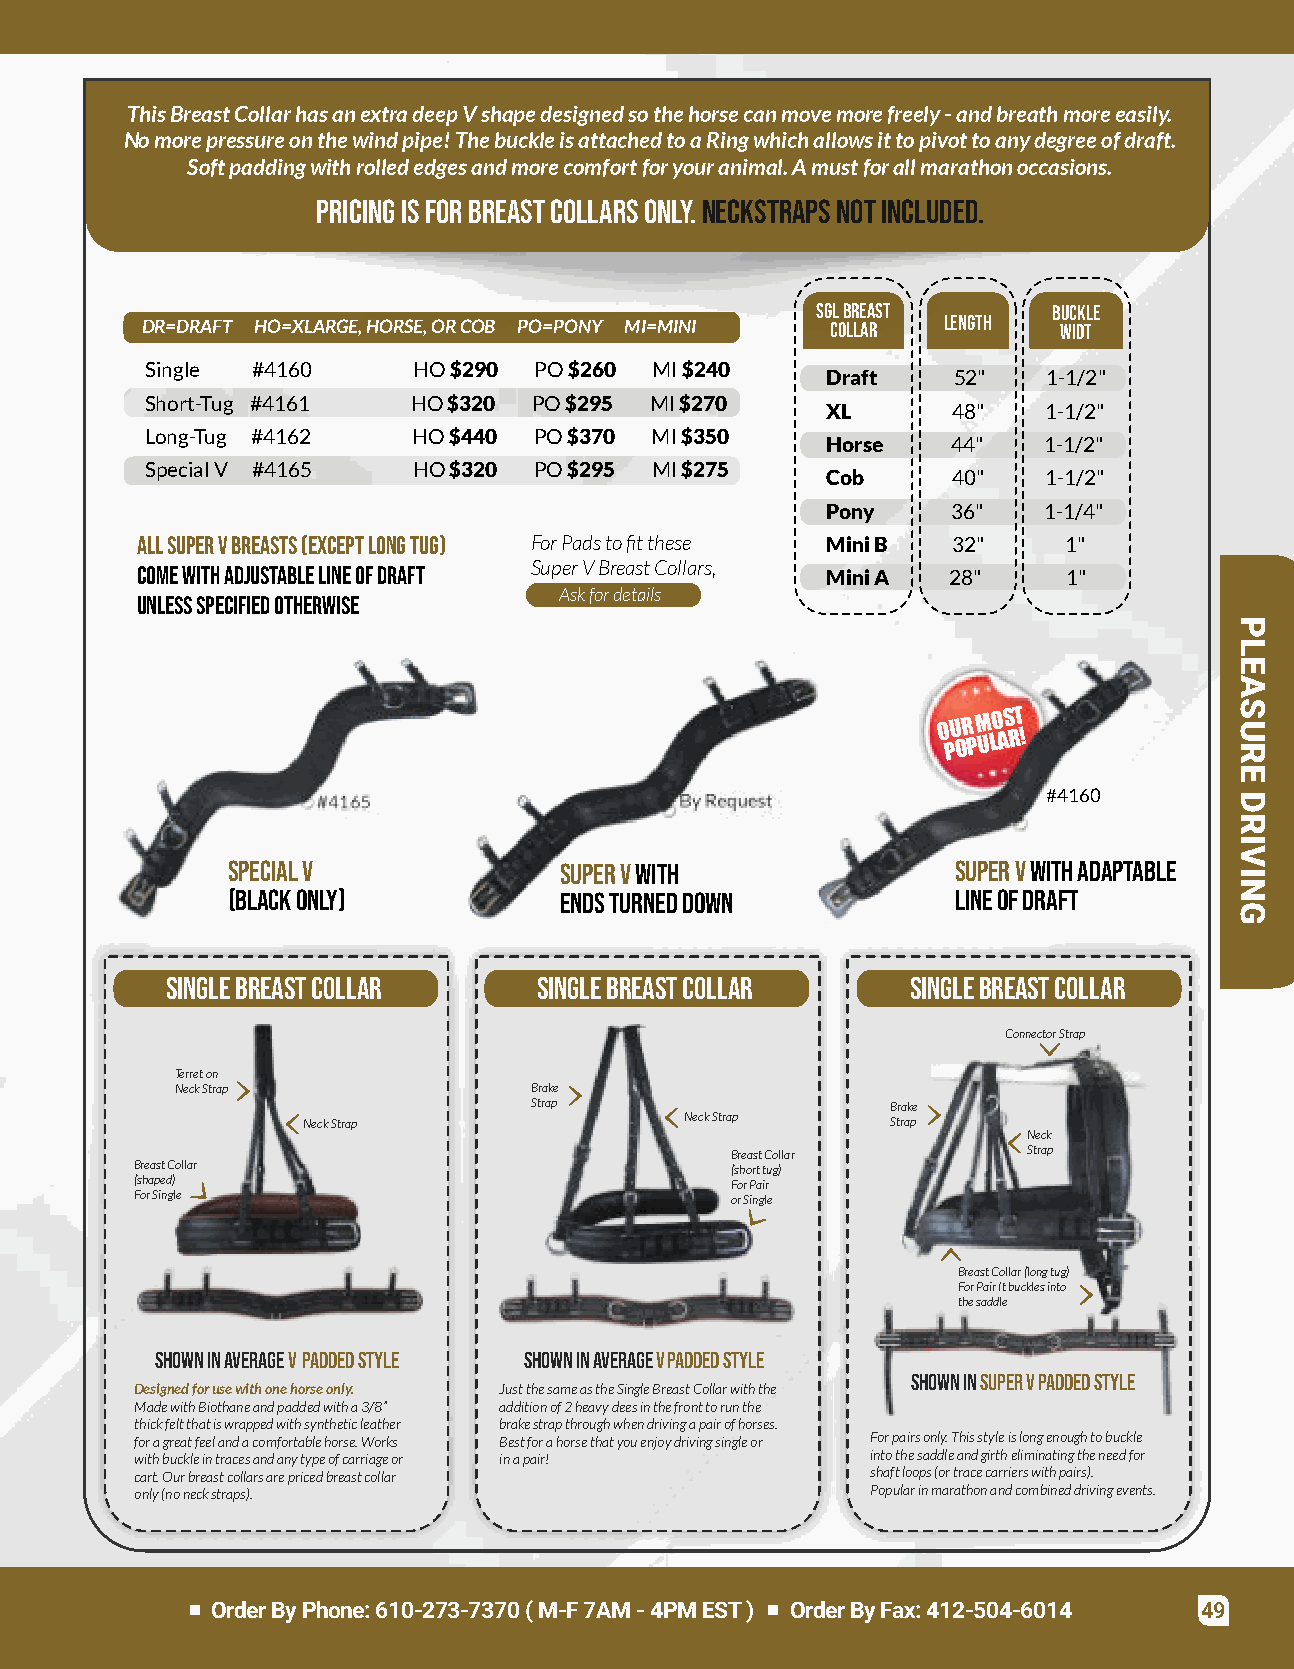
ThisBreastCollarhasanextradeepVshapedesignedsothehorsecanmovemorefreely-andbreathmoreeasily.
 Nomorepressureonthewindpipe!ThebuckleisattachedtoaRingwhichallowsittopivottoanydegreeofdraft.
 Softpaddingwithrollededgesandmorecomfortforyouranimal.Amustforallmarathonoccasions.
 Pricingisforbreastcollarsonly.Neckstrapsnotincluded.
 SglBreast       Buckle
 DR=DRAFT HO=XLARGE,HORSE,ORCOB PO=PONY MI=MINI Collar Length widt
 Single #4160     HO$290  PO$260  MI$240
 Draft   52"   1-1/2"
 Short-Tug #4161  HO$320  PO$295  MI$270
 XL      48"   1-1/2"
 Long-Tug #4162   HO$440  PO$370  MI$350
 Horse   44"   1-1/2"
 SpecialV #4165   HO$320  PO$295  MI$275
 Cob     40"   1-1/2"
 Pony    36"   1-1/4"
 AllSuperVBreasts(exceptLongTug) ForPadstofitthese MiniB 32"  1"
 SuperVBreastCollars,
 comewithadjustablelineofdraft                 MiniA   28"     1"
 Askfordetails
 unlessspecifiedotherwise
 O PU OR PM ULO AS RT !
 #4165                   ByRequest               #4160
 SpecialV              SuperVwith                SuperVwithadaptable
 (blackonly)           endsturneddown            lineofdraft
 SingleBreastCollar       SingleBreastCollar      SingleBreastCollar
 ConnectorStrap
 Terreton
 NeckStrap              Brake
 Strap                   Brake
 NeckStrap                NeckStrap     Strap
 Neck
 BreastCollar        Strap
 BreastCollar                           (shorttug)
 (shaped)                               ForPair
 ForSingle                              orSingle
 BreastCollar(longtug)
 ForPairItbucklesinto
 thesaddle
 ShowninaverageV PaddedStyle ShowninaverageVPaddedStyle
 ShowninSuperVPaddedStyle
 Designedforusewithonehorseonly. JustthesameastheSingleBreastCollarwiththe
 MadewithBiothaneandpaddedwitha3/8” additionof2heavydeesinthefronttorunthe
 thickfeltthatiswrappedwithsyntheticleather brakestrapthroughwhendrivingapairofhorses.
 foragreatfeelandacomfortablehorse.Works Bestforahorsethatyouenjoydrivingsingleor Forpairsonly.Thisstyleislongenoughtobuckle
 withbuckleintracesandanytypeofcarriageor inapair! intothesaddleandgirtheliminatingtheneedfor
 cart.Ourbreastcollarsarepricedbreastcollar       shaftloops(ortracecarrierswithpairs).
 only(noneckstraps).                              Popularinmarathonandcombineddrivingevents.
 OrderByPhone:610-273-7370(M-F7AM-4PMEST) OrderByFax:412-504-6014  49
 PLEASURE
 DRIVING